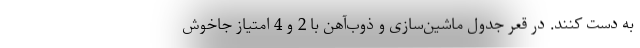
به دست کنند. در قعر جدول ماشین‌سازی و ذوب‌آهن با 2 و 4 امتیاز جاخوش